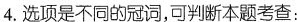
4.选项是不同的冠词，可判断本题考查：